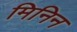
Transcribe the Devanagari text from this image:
मिनिन